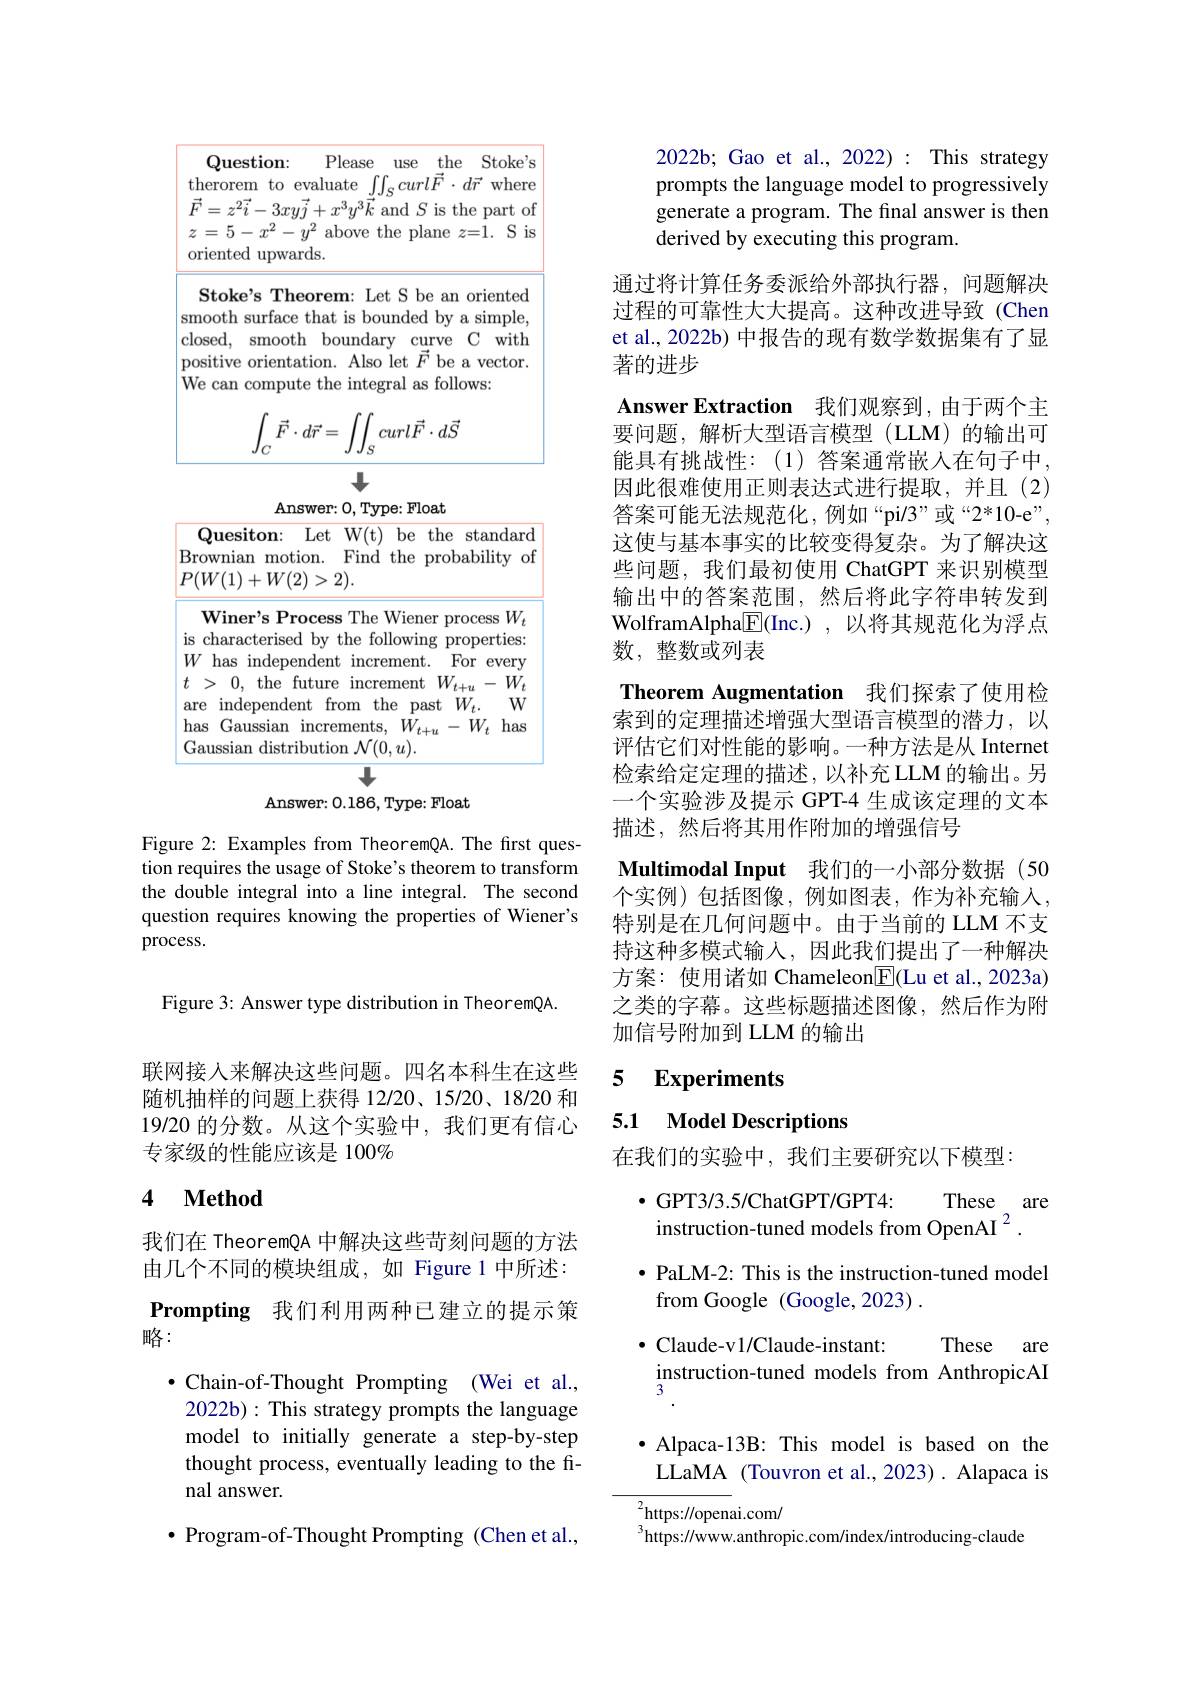
<FigureHere>

Figure 2: Examples from TheoremQA. The first question requires the usage of Stoke's theorem to transform the double integral into a line integral. The second question requires knowing the properties of Wiener's process.

Figure 3: Answer type distribution in TheoremQA.

联网接入来解决这些问题。四名本科生在这些随机抽样的问题上获得 12/20、15/20、18/20 和19/20 的分数。从这个实验中，我们更有信心专家级的性能应该是 100%

### 4 $\textbf{Method}$

我们在 TheoremQA 中解决这些苛刻问题的方法由几个不同的模块组成，如 Figure 1 中所述： Prompting 我们利用两种已建立的提示策略：
$\bullet$ Chain-of-Thought Prompting (Wei et al., 2022b): This strategy prompts the language model to initially generate a step-by-step thought process, eventually leading to the final answer.
$\bullet$ Program-of-Thought Prompting (Chen et al.,

2022b; Gao et al., 2022) : This strategy prompts the language model to progressively generate a program. The final answer is then derived by executing this program.

通过将计算任务委派给外部执行器，问题解决过程的可靠性大大提高。这种改进导致(Chen et al., 2022b) 中报告的现有数学数据集有了显著的进步
Answer Extraction 我们观察到，由于两个主要问题，解析大型语言模型(LLM)的输出可能具有挑战性：(1)答案通常嵌入在句子中因此很难使用正则表达式进行提取，并且(2) 答案可能无法规范化，例如“pi/3”或“2*10-e”, 这使与基本事实的比较变得复杂。为了解决这些问题，我们最初使用 ChatGPT 来识别模型输出中的答案范围，然后将此字符串转发到WolframAlpha$\boxed{\mathrm{E}}($Inc.),以将其规范化为浮点数，整数或列表
Theorem Augmentation 我们探索了使用检索到的定理描述增强大型语言模型的潜力，以评估它们对性能的影响。一种方法是从 Internet 检索给定定理的描述，以补充 LLM 的输出。另一个实验涉及提示 GPT-4 生成该定理的文本描述，然后将其用作附加的增强信号
Multimodal Input 我们的一小部分数据(50个实例)包括图像，例如图表，作为补充输入特别是在几何问题中。由于当前的 LLM 不支持这种多模式输人，因此我们提出了一种解决方案：使用诸如 Chameleon$\boxed{\mathrm{F}}($Lu et al.,2023a) 之类的字幕。这些标题描述图像，然后作为附加信号附加到 LLM 的输出

### 5 $\textbf{Experiments}$

### 5.1 $\textbf{Model Descriptions}$

在我们的实验中，我们主要研究以下模型：

$\bullet$ GPT3/3.5/ChatGPT/GPT4:
These $_{\mathrm{are}}$
instruction-tuned models from OpenAI $^2.$
$\bullet$ PaLM-2: This is the instruction-tuned model
from Google (Google,2023)
$\bullet$ Claude-v1/Claude-instant:
These are
instruction-tuned models from AnthropicAI $\bullet$ Alpaca-13B: This model is based on the LLaMA (Touvron et al.,2023). Alapaca is
${{\frac{2}{\mathrm{https:}}//\mathrm{open}}}$ai.com/
$^{3}$https://www.anthropic.com/index/introducing-claude